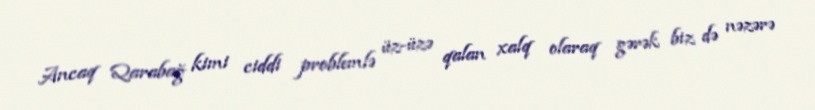
Ancaq Qarabağ kimi ciddi problemlə üz-üzə qalan xalq olaraq gərək biz də nəzərə